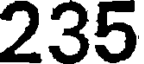
235